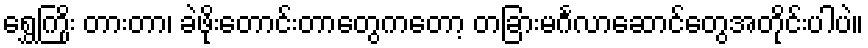
ရွှေကြိုး တားတာ၊ ခဲဖိုးတောင်းတာတွေကတော့ တခြားမင်္ဂလာဆောင်တွေအတိုင်းပါပဲ။